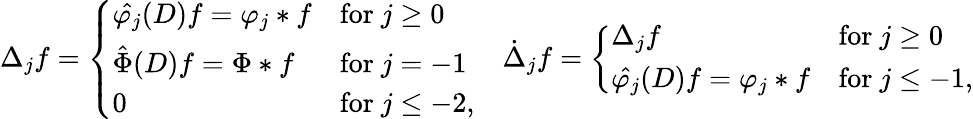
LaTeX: \begin{array}{r}{\Delta_{j}f=\left\{ \begin{array}{ll}{\hat{\varphi_{j}}(D)f=\varphi_{j}\ast f}&{\mathrm{for~}j\geq 0}\\ {\hat{\Phi}(D)f=\Phi\ast f}&{\mathrm{for~}j=-1}\\ {0}&{\mathrm{for~}j\leq-2,}\end{array}\right.\quad\dot{\Delta}_{j}f=\left\{ \begin{array}{ll}{\Delta_{j}f}&{\mathrm{for~}j\geq 0}\\ {\hat{\varphi_{j}}(D)f=\varphi_{j}\ast f}&{\mathrm{for~}j\leq-1,}\end{array}\right.}\end{array}